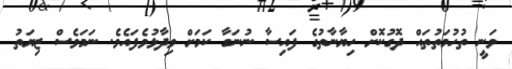
ވަނީ ތުހުމަތުތައް ދޮގުކޮށް ހިޔާނާތުގެ ފައިސާ ނުނަގާ ކަމަށް ވިދާޅުވެފައެވެ. ނަމަވެސް ޒިޔަތު